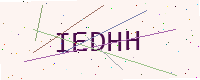
Text: IEDHH